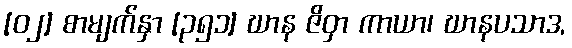
[၀၂] စာမျက်နှာ [၃၅၁] ဃာန ဇိဝှာ ကာယာ၊ ဃာနပသာဒ,